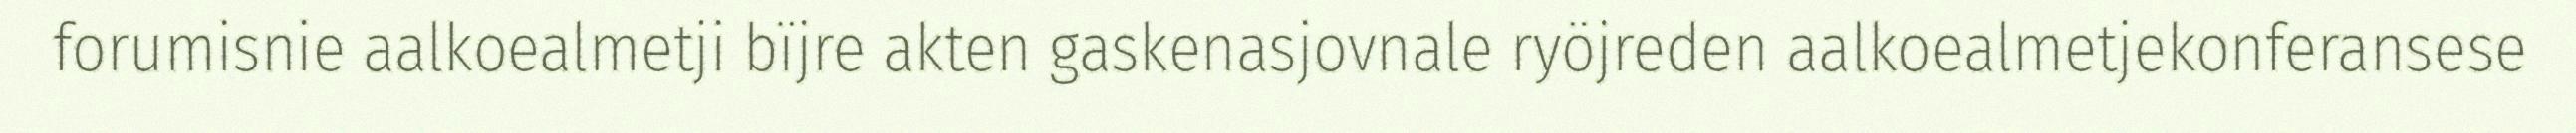
forumisnie aalkoealmetji bïjre akten gaskenasjovnale ryöjreden aalkoealmetjekonferansese